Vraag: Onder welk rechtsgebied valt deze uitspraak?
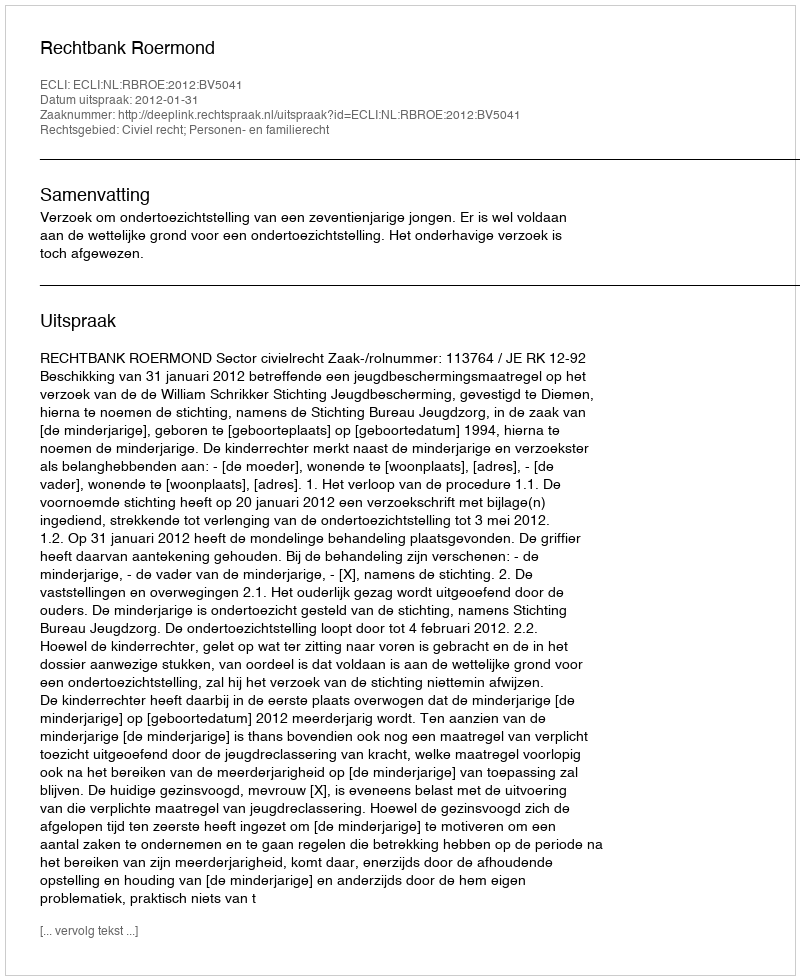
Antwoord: Civiel recht; Personen- en familierecht